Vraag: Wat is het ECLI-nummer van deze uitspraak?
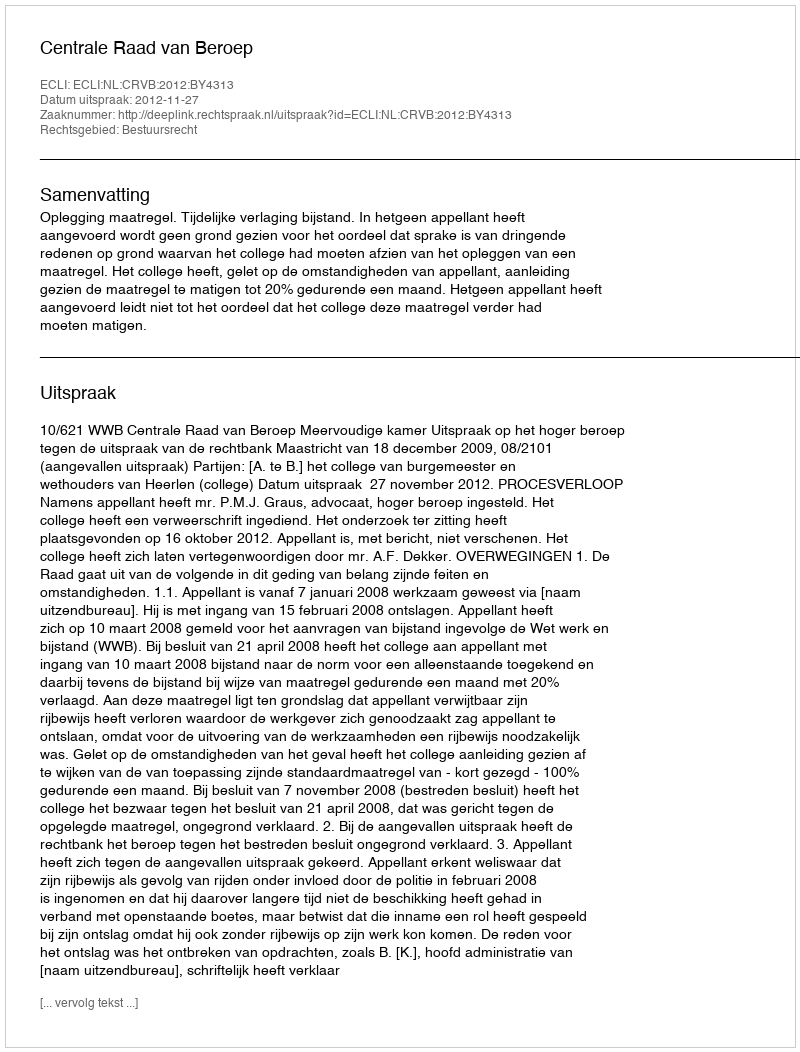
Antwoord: ECLI:NL:CRVB:2012:BY4313